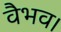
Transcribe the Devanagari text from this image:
वैभव।